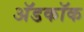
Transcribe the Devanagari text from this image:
अॅडकॉक